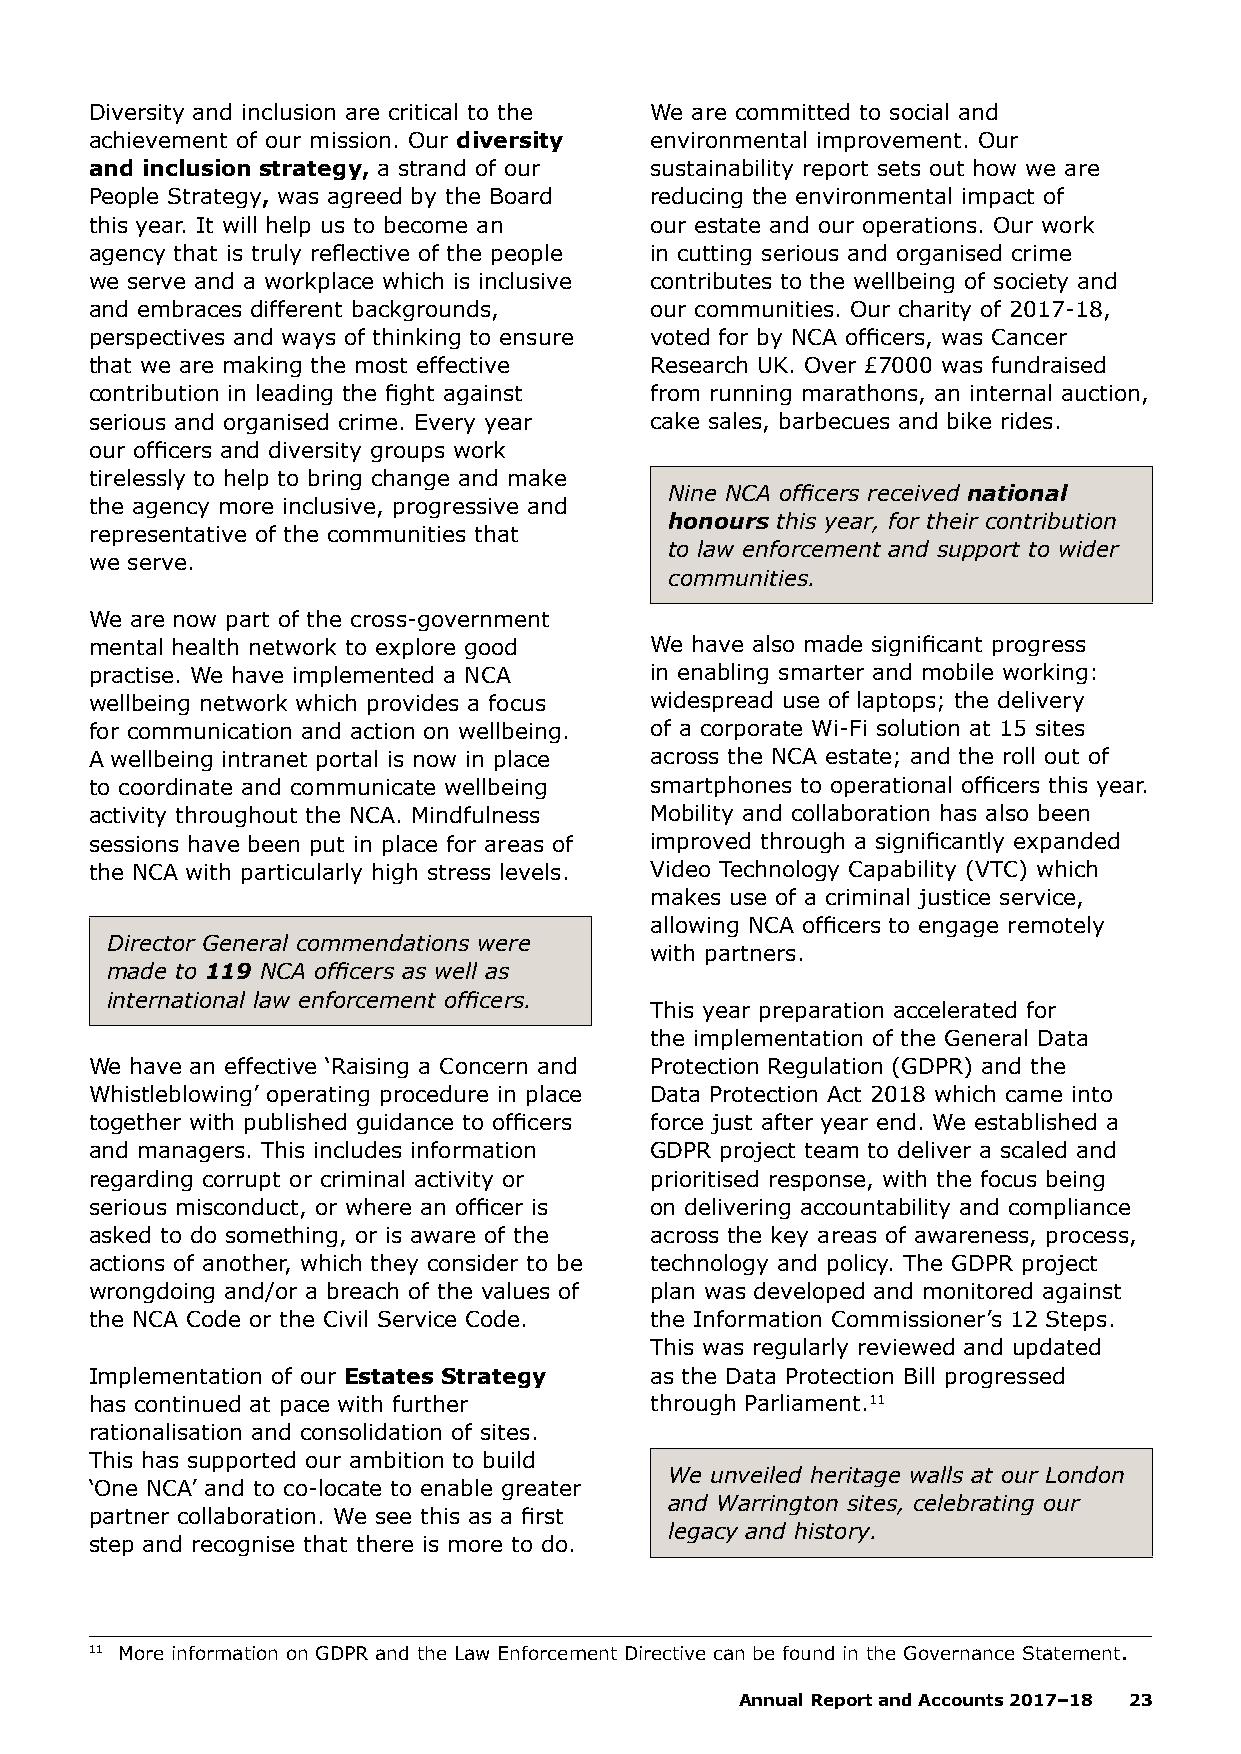
Diversity and inclusion are critical to the We are committed to social and
 achievement of our mission. Our diversity environmental improvement. Our
 and inclusion strategy, a strand of our sustainability report sets out how we are
 People Strategy, was agreed by the Board reducing the environmental impact of
 this year. It will help us to become an our estate and our operations. Our work
 agency that is truly reflective of the people in cutting serious and organised crime
 we serve and a workplace which is inclusive contributes to the wellbeing of society and
 and embraces different backgrounds,  our communities. Our charity of 2017-18,
 perspectives and ways of thinking to ensure voted for by NCA officers, was Cancer
 that we are making the most effective Research UK. Over £7000 was fundraised
 contribution in leading the fight against from running marathons, an internal auction,
 serious and organised crime. Every year cake sales, barbecues and bike rides.
 our officers and diversity groups work
 tirelessly to help to bring change and make
 Nine NCA officers received national
 the agency more inclusive, progressive and
 honours this year, for their contribution
 representative of the communities that
 to law enforcement and support to wider
 we serve.
 communities.
 We are now part of the cross-government
 mental health network to explore good We have also made significant progress
 practise. We have implemented a NCA  in enabling smarter and mobile working:
 wellbeing network which provides a focus widespread use of laptops; the delivery
 for communication and action on wellbeing. of a corporate Wi-Fi solution at 15 sites
 A wellbeing intranet portal is now in place across the NCA estate; and the roll out of
 to coordinate and communicate wellbeing smartphones to operational officers this year.
 activity throughout the NCA. Mindfulness Mobility and collaboration has also been
 sessions have been put in place for areas of improved through a significantly expanded
 the NCA with particularly high stress levels. Video Technology Capability (VTC) which
 makes use of a criminal justice service,
 allowing NCA officers to engage remotely
 Director General commendations were
 with partners.
 made to 119 NCA officers as well as
 international law enforcement officers.
 This year preparation accelerated for
 the implementation of the General Data
 We have an effective ‘Raising a Concern and Protection Regulation (GDPR) and the
 Whistleblowing’ operating procedure in place Data Protection Act 2018 which came into
 together with published guidance to officers force just after year end. We established a
 and managers. This includes information GDPR project team to deliver a scaled and
 regarding corrupt or criminal activity or prioritised response, with the focus being
 serious misconduct, or where an officer is on delivering accountability and compliance
 asked to do something, or is aware of the across the key areas of awareness, process,
 actions of another, which they consider to be technology and policy. The GDPR project
 wrongdoing and/or a breach of the values of plan was developed and monitored against
 the NCA Code or the Civil Service Code. the Information Commissioner’s 12 Steps.
 This was regularly reviewed and updated
 Implementation of our Estates Strategy as the Data Protection Bill progressed
 has continued at pace with further   through Parliament.11
 rationalisation and consolidation of sites.
 This has supported our ambition to build
 We unveiled heritage walls at our London
 ‘One NCA’ and to co-locate to enable greater
 and Warrington sites, celebrating our
 partner collaboration. We see this as a first
 legacy and history.
 step and recognise that there is more to do.
 11 More information on GDPR and the Law Enforcement Directive can be found in the Governance Statement.
 Annual Report and Accounts 2017–18 23